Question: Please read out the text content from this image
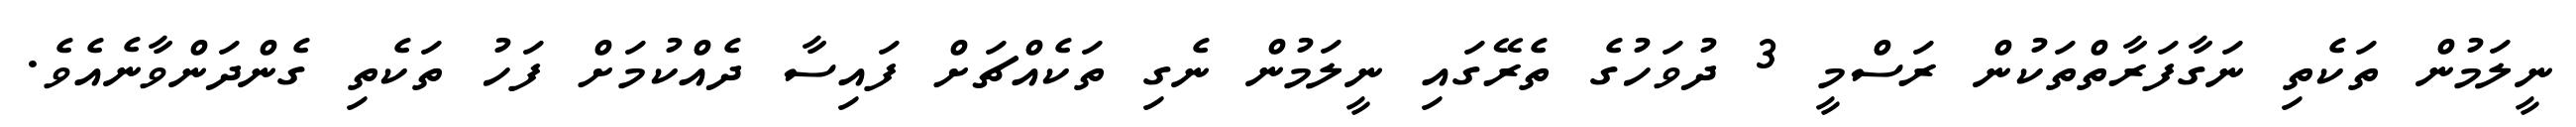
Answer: ނީލަމުން ތަކެތި ނަގާފަރާތްތަކުން ރަސްމީ 3 ދުވަހުގެ ތެރޭގައި ނީލަމުން ނެގި ތަކެއްޗަށް ފައިސާ ދެއްކުމަށް ފަހު ތަކެތި ގެންދަންވާނެއެވެ.